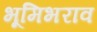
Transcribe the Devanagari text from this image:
भूमिभराव